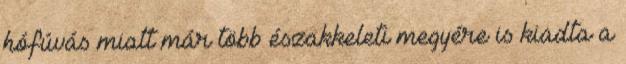
hófúvás miatt már több északkeleti megyére is kiadta a